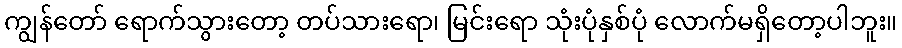
ကျွန်တော် ရောက်သွားတော့ တပ်သားရော၊ မြင်းရော သုံးပုံနှစ်ပုံ လောက်မရှိတော့ပါဘူး။